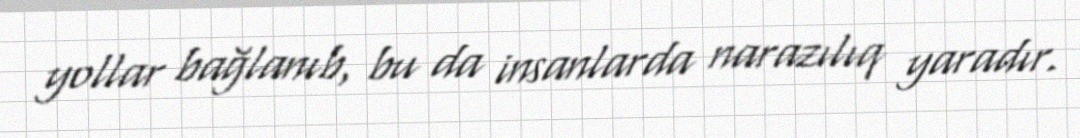
yollar bağlanıb, bu da insanlarda narazılıq yaradır.